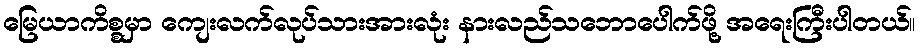
မြေယာကိစ္စမှာ ကျေးလက်လုပ်သားအားလုံး နားလည်သဘောပေါက်ဖို့ အရေးကြီးပါတယ်။